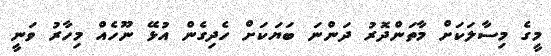
މީގެ މިސާލަކަށް މާތަންދޮރު ދަންނަ ބަޔަކަށް ހެދިގެން އުޅޭ ނޫހެއް މިހާރު ވަނީ